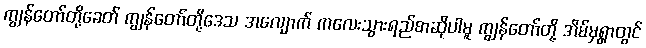
ကျွန်တော်တို့ခေတ် ကျွန်တော်တို့ဒေသ အလျောက် ကလေးသွားရည်စာဆိုပါမူ ကျွန်တော်တို့ အိမ်မှရွာတွင်